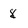
Character: 8